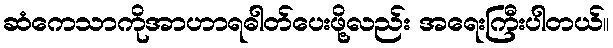
ဆံကေသာကိုအာဟာရဓါတ်ပေးဖို့လည်း အရေးကြီးပါတယ်။